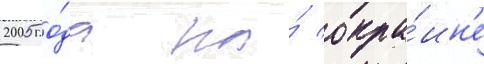
2005 го́да на́ окра́ин'е